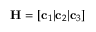
\mathbf { H } = \left[ \mathbf { c } _ { 1 } | \mathbf { c } _ { 2 } | \mathbf { c } _ { 3 } \right]